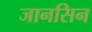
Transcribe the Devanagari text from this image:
जानसिन